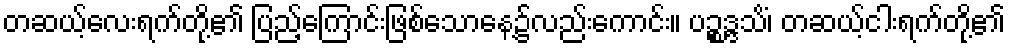
တဆယ့်လေးရက်တို့၏ ပြည့်ကြောင်းဖြစ်သောနေ့၌လည်းကောင်း။ ပဉ္စဒ္ဒသိံ၊ တဆယ့်ငါးရက်တို့၏